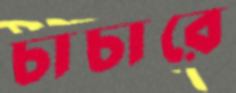
চাচারে